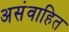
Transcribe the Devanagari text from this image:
असंवाहित